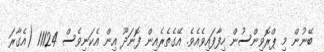
ބޭނުން މި ޕްރޮވިންސުން ހިފާފައިވެއެވެ. އޭގެތެރެއިން ފޮނަދޫ އިން އެކަނިވެސް 11124 (އެގާރަ